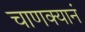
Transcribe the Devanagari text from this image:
चाणक्यानं